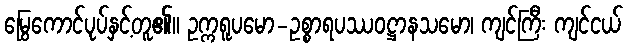
မြွေကောင်ပုပ်နှင့်တူ၏။ ဥက္ကရူပမော-ဥစ္စာရပဿဝဋ္ဌာနသမော၊ ကျင်ကြီး ကျင်ငယ်